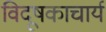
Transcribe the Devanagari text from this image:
विदूषकाचार्य